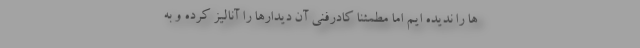
ها را ندیده ایم اما مطمئنا کادرفنی آن دیدارها را آنالیز کرده و به